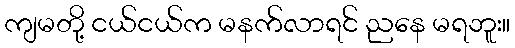
ကျမတို့ ငယ်ငယ်က မနက်လာရင် ညနေ မရဘူး။